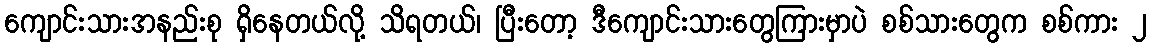
ကျောင်းသားအနည်းစု ရှိနေတယ်လို့ သိရတယ်၊ ပြီးတော့ ဒီကျောင်းသားတွေကြားမှာပဲ စစ်သားတွေက စစ်ကား ၂